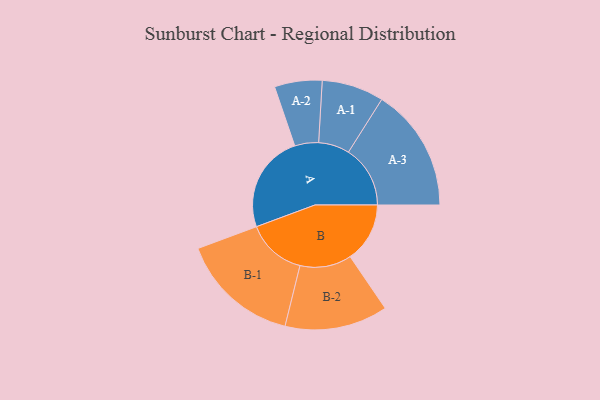
{"axis": {"x": "Segment", "y": "Value"}, "legend": ["", "A", "B"], "data": [{"x": "A", "y": 420, "type": ""}, {"x": "B", "y": 256, "type": ""}, {"x": "A-1", "y": 133, "type": "A"}, {"x": "A-2", "y": 102, "type": "A"}, {"x": "A-3", "y": 265, "type": "A"}, {"x": "B-1", "y": 256, "type": "B"}, {"x": "B-2", "y": 221, "type": "B"}]}